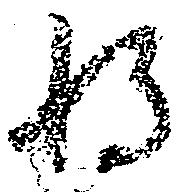
将